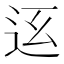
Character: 𨑼